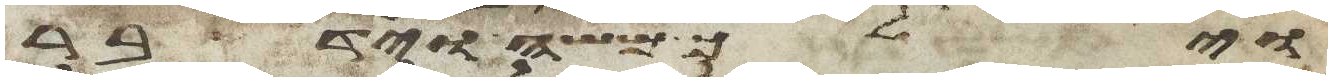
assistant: וילך משה וידבר